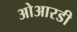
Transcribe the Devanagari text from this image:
ओआरडी